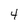
Character: 4